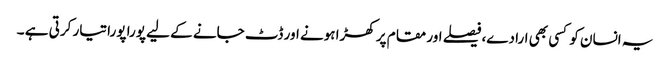
یہ انسان کو کسی بھی ارادے،فیصلے اور مقام پر کھڑا ہونے اور ڈٹ جانے کے لیے پورا پورا تیار کرتی ہے ۔